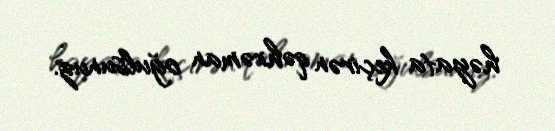
həyata keçirən qəhrəman oğulsunuz.